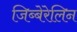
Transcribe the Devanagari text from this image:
जिब्बेरेलिन